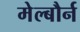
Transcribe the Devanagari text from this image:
मेल्बौर्न